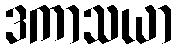
ဒကာသယာ